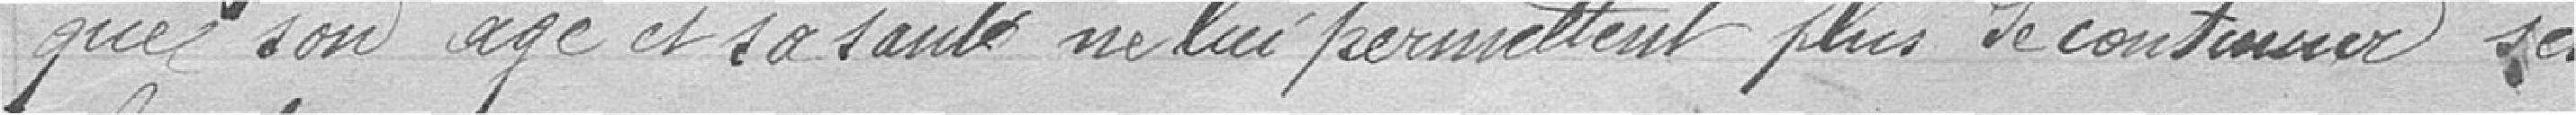
que son âge et sa santé ne lui permettent plus de continuer ses